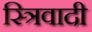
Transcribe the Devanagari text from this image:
स्त्रिवादी